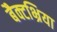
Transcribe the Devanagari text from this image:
बैक्टभ्रिया